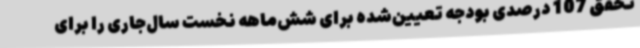
تحقق 107 درصدی بودجه تعیین‌شده برای شش‌ماهه نخست سال‌جاری را برای